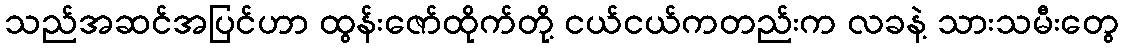
သည်အဆင်အပြင်ဟာ ထွန်းဇော်ထိုက်တို့ ငယ်ငယ်ကတည်းက လခနဲ့ သားသမီးတွေ